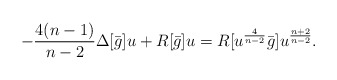
\begin{align*}- \frac {4(n-1)}{n-2}\Delta [\bar g] u + R[\bar g] u = R[u^\frac 4{n-2} \bar g]u^\frac {n+2}{n-2}.\end{align*}